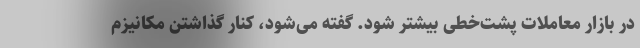
در بازار معاملات پشت‌خطی بیشتر شود. گفته می‌شود،‌ کنار گذاشتن مکانیزم